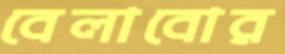
বেলাবোর